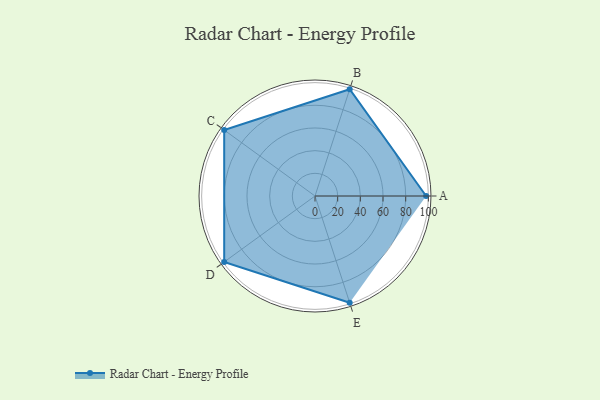
{"axis": {"x": "Skill", "y": "Score"}, "legend": ["Profile"], "data": [{"x": "A", "y": 98.0, "type": "Profile"}, {"x": "B", "y": 99, "type": "Profile"}, {"x": "C", "y": 99, "type": "Profile"}, {"x": "D", "y": 99, "type": "Profile"}, {"x": "E", "y": 99, "type": "Profile"}]}